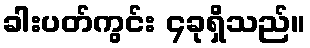
ခါးပတ်ကွင်း ၄ခုရှိသည်။